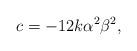
LaTeX: \begin{align*} c={-12k\alpha^2 \beta^2},\end{align*}